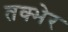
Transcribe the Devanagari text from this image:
तक्भेर